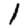
Digit: 1